Indian journal of veterinary science and animal husbandry - Volumes 24-25, 1954-1955
Year: 1954
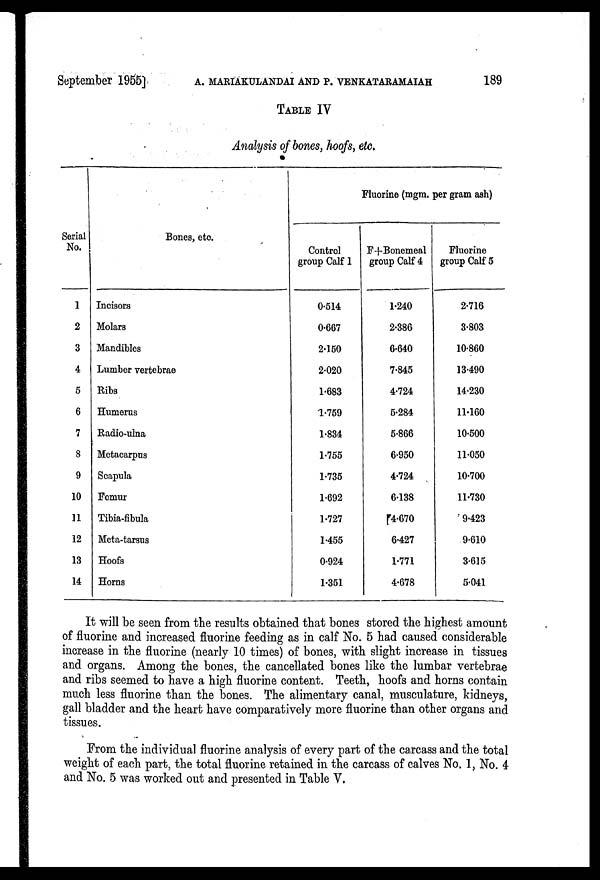
September 1955] A. MARIAKULANDAI AND P. VENKATARAMAIAH 189
TABLE IV
Analysis of bones, hoofs, etc.
Serial
No.
1
2
3
4
5
6
7
8
9
10
11
12
13
14
Bones, etc.
Incisors
Molars
Mandibles
Lumber vertebrae
Ribs
Humerus
Radio-ulna
Metacarpus
Scapula
Femur
Tibia-fibula
Meta-tarsus
Hoofs
Horns
Fluorine (mgm. per gram ash)
Control
group Calf 1
0.514
0.667
2.150
2.020
1.683
1.759
1.834
1.755
1.735
1.692
1.727
1.455
0.924
1.351
F+Bonemeal
group Calf 4
1.240
2.386
6.640
7.845
4.724
5.284
5.866
6.950
4.724
6.138
4.670
6.427
1.771
4.678
Fluorine
group Calf 5
2.716
3.803
10.860
13.490
14.230
11.160
10.500
11.050
10.700
11.730
9.423
9.610
3.615
5.041
It will be seen from the results obtained that bones stored the highest amount
of fluorine and increased fluorine feeding as in calf No. 5 had caused considerable
increase in the fluorine (nearly 10 times) of bones, with slight increase in tissues
and organs. Among the bones, the cancellated bones like the lumbar vertebrae
and ribs seemed to have a high fluorine content. Teeth, hoofs and horns contain
much less fluorine than the bones. The alimentary canal, musculature, kidneys,
gall bladder and the heart have comparatively more fluorine than other organs and
tissues.
From the individual fluorine analysis of every part of the carcass and the total
weight of each part, the total fluorine retained in the carcass of calves No. 1, No. 4
and No. 5 was worked out and presented in Table V,